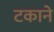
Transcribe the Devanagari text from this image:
टकाने